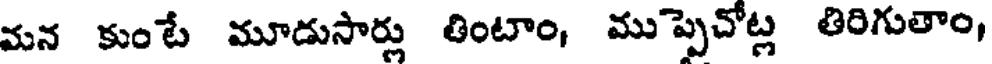
మన కుంటే మూడుసార్లు తింటాం, ముప్పెచోట్ల తిరిగుతాం,